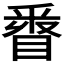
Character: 𨤓